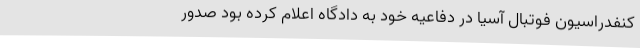
کنفدراسیون فوتبال آسیا در دفاعیه خود به دادگاه اعلام کرده بود صدور